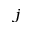
^ j